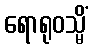
ရောရုဝသ္မိံ